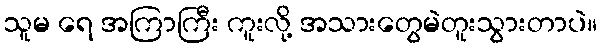
သူမ ရေ အကြာကြီး ကူးလို့ အသားတွေမဲတူးသွားတာပဲ။